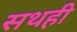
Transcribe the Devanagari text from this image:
सथही